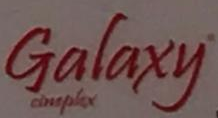
Galaxy